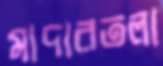
মাদারতলা